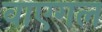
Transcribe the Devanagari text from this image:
वाएगल